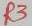
Text: R3